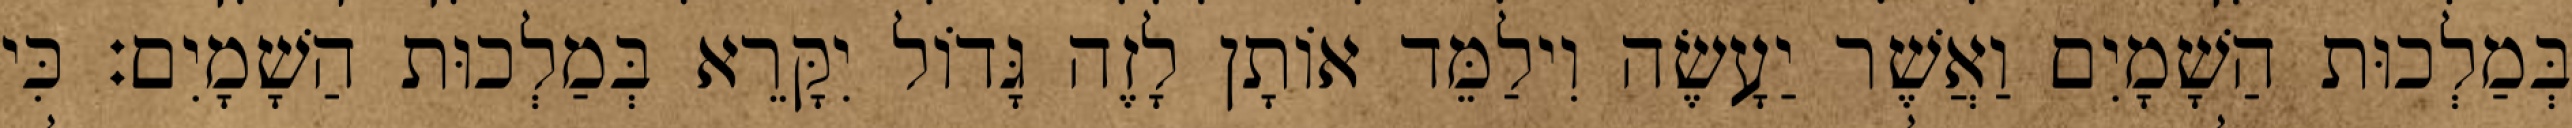
בְּמַלְכוּת הַשָׁמָיִם וַאֲשֶׁר יַעָשֶׂה וִילַמֵּד אוֹתָן לָזֶה גָּדוֹל יִקָּרֵא בְּמַלְכוּת הַשָׁמָיִם׃ כִּי